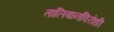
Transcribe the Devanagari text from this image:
तालिबानविरोधी